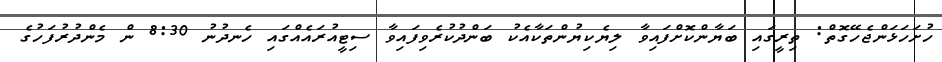
ހުށަހަޅަންޖެހޭގޮތް: ތިރީގައި ބަޔާންކޮށްފައިވާ ލިޔެކިޔުންތަކާއެކު ބަންދުކުރެވިފައިވާ ސިޓީއުރައެއްގައި ހެނދުނު 8:30 ން މެންދުރުފަހުގެ